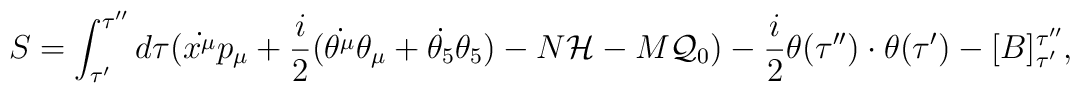
S=\int_{\tau'}^{\tau''}d\tau (\dot{x^\mu}p_\mu +\frac{i}{2}(\dot{\theta^\mu}\theta_\mu+ \dot{\theta_5}\theta_5)-N{\cal H} -M {\cal Q}_0)-\frac{i}{2}\theta(\tau'')\cdot\theta(\tau')-[B]^{\tau''}_{\tau'},